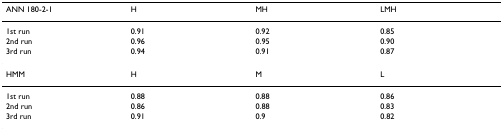
<table><thead><tr><td><b>ANN 180-2-1</b></td><td><b>H</b></td><td><b>MH</b></td><td><b>LMH</b></td></tr></thead><tbody><tr><td>1st run</td><td>0.91</td><td>0.92</td><td>0.85</td></tr><tr><td>2nd run</td><td>0.96</td><td>0.95</td><td>0.90</td></tr><tr><td>3rd run</td><td>0.94</td><td>0.91</td><td>0.87</td></tr><tr><td>HMM</td><td>H</td><td>M</td><td>L</td></tr><tr><td>1st run</td><td>0.88</td><td>0.88</td><td>0.86</td></tr><tr><td>2nd run</td><td>0.86</td><td>0.88</td><td>0.83</td></tr><tr><td>3rd run</td><td>0.91</td><td>0.9</td><td>0.82</td></tr></tbody></table>